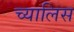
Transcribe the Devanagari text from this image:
च्यालिस